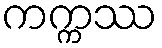
ကက္ကဿ